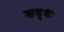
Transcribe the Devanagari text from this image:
ऋद्धः